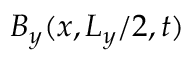
B _ { y } ( x , L _ { y } / 2 , t )